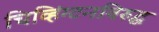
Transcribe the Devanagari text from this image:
चिव्हिंग्टनविरुद्ध